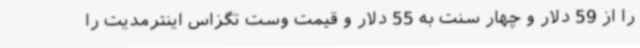
را از 59 دلار و چهار سنت به 55 دلار و قیمت وست تگزاس اینترمدیت را